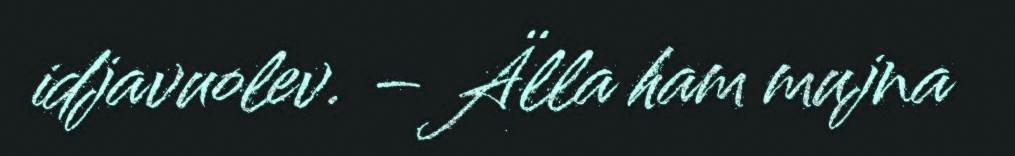
idjavuolev. – Älla ham mujna